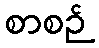
စာစဉ်